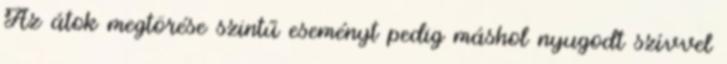
Az átok megtörése szintű eseményt pedig máshol nyugodt szívvel